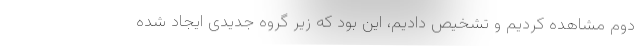
دوم مشاهده کردیم و تشخیص دادیم، این بود که زیر گروه جدیدی ایجاد شده